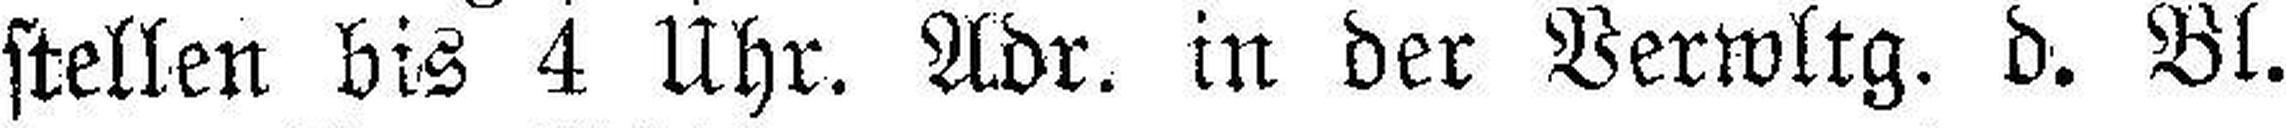
stellen bis 4 Uhr. Adr. in der Verwltg. d. Bl.